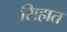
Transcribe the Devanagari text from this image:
सिहात